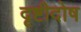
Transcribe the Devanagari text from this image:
दृष्टीदोष